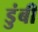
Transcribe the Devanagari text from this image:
डुंबी